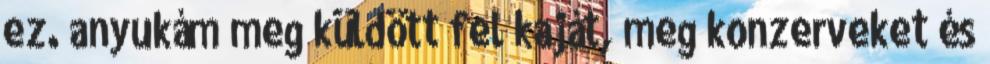
ez. anyukám meg küldött fel kaját, meg konzerveket és